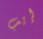
إيب